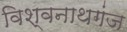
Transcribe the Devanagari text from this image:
विश्‍वनाथगंज